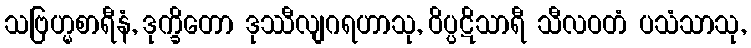
သဗြဟ္မစာရီနံ, ဒုက္ခိတော ဒုဿီလျဂရဟာသု, ဝိပ္ပဋိသာရီ သီလဝတံ ပသံသာသု,